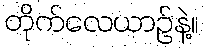
တိုက်လေယာဥ်နဲ့။